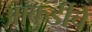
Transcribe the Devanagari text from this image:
आकुर्डीचे